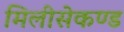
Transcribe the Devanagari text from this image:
मिलीसेकण्ड